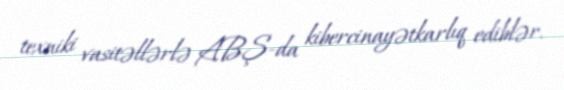
texniki vasitəllərlə ABŞ-da kibercinayətkarlıq ediblər.